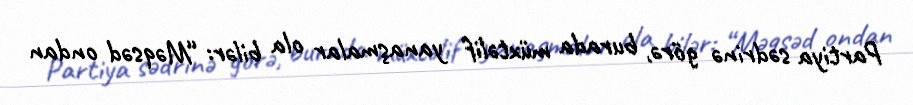
Partiya sədrinə görə, burada müxtəlif yanaşmalar ola bilər: “Məqsəd ondan